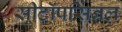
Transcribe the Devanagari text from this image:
सीटॉपसिनल